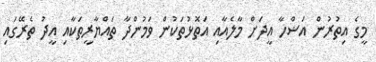
މީގެ އިތުރުން އަޟްހާ އީދަށް މާލެއާއި އަތޮޅުތަކުން ވަމުންދާ ތައްޔާރީތަކާއި އީދު ތެރޭގައި